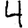
Digit: 4